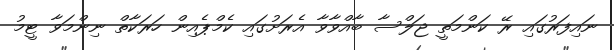
ނައިފަރުގައި ރޭ ކަންމަތީ ޖަލްސާ ބާއްވާވާ އެރަށުގައި ކެމްޕެއިން ހަރަކާތް ނިންމަވާ ޓީމު